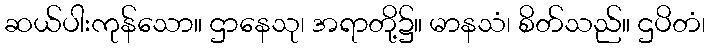
ဆယ်ပါးကုန်သော။ ဌာနေသု၊ အရာတို့၌။ မာနသံ၊ စိတ်သည်။ ဌပိတံ၊